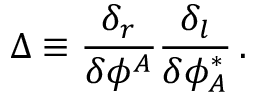
\Delta \equiv { \frac { \delta _ { r } } { \delta \phi ^ { A } } } { \frac { \delta _ { l } } { \delta \phi _ { A } ^ { \ast } } } \, .